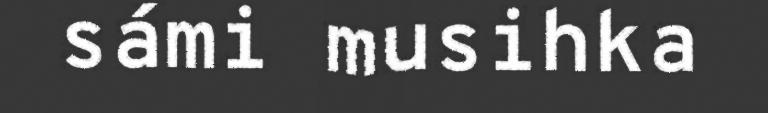
sámi musihka